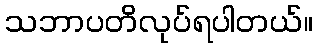
သဘာပတိလုပ်ရပါတယ်။